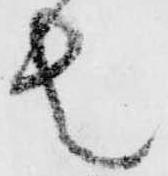
者